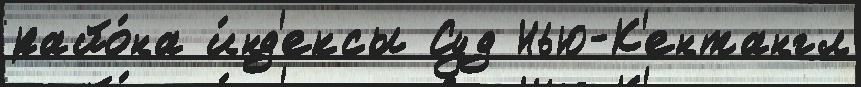
райо́на и́нд'ексы Суд Нью-К'ентангл